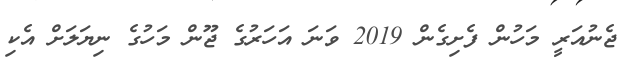
ޖެނުއަރީ މަހުން ފެށިގެން 2019 ވަނަ އަހަރުގެ ޖޫން މަހުގެ ނިޔަލަށް އެކި